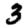
Digit: 3